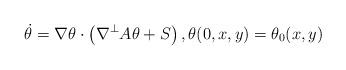
LaTeX: \begin{align*}\dot \theta=\nabla \theta \cdot \left(\nabla^\perp A\theta+S\right),\theta(0,x,y)=\theta_0(x,y)\end{align*}